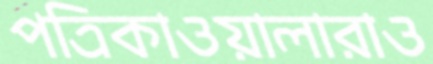
পত্রিকাওয়ালারাও